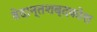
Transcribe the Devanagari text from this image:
वेदान्तशब्दकोश